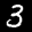
Label: 3